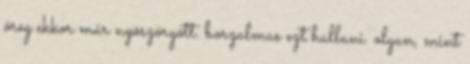
öreg ekkor már nyöszörgött. borzalmas ezt hallani. olyan, mint